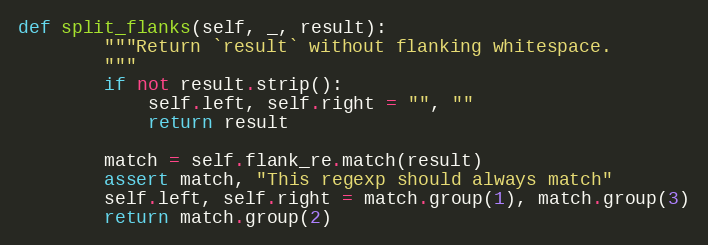
Language: Python
def split_flanks(self, _, result):
        """Return `result` without flanking whitespace.
        """
        if not result.strip():
            self.left, self.right = "", ""
            return result

        match = self.flank_re.match(result)
        assert match, "This regexp should always match"
        self.left, self.right = match.group(1), match.group(3)
        return match.group(2)